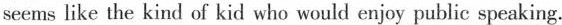
seems like the kind of kid who would enjoy public speaking.